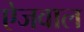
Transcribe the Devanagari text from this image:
ऐजवाल